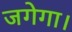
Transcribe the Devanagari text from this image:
जगेगा।